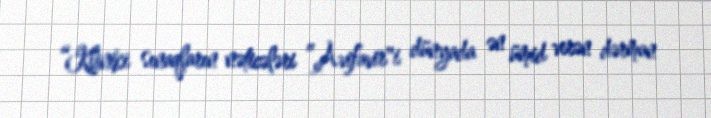
“Kliniki sınaqların nəticələri ”Avifavir"i dünyada ən ümid verən dərman